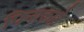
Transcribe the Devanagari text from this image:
पिनाकाटे